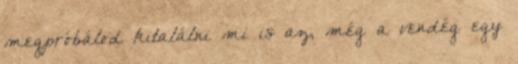
megpróbálod kitalálni mi is az, még a vendég egy